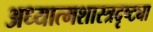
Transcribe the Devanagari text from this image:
अध्यात्मशास्त्रदृष्ट्या